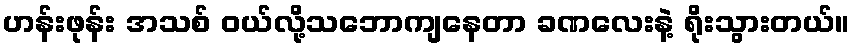
ဟန်းဖုန်း အသစ် ဝယ်လို့သဘောကျနေတာ ခဏလေးနဲ့ ရိုးသွားတယ်။